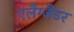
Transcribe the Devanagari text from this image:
एलैग्जैंडर